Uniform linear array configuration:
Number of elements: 16
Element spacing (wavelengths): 0.25
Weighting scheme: cosine
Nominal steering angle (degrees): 45
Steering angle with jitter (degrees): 46.103
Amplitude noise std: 0.05
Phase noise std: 0.05

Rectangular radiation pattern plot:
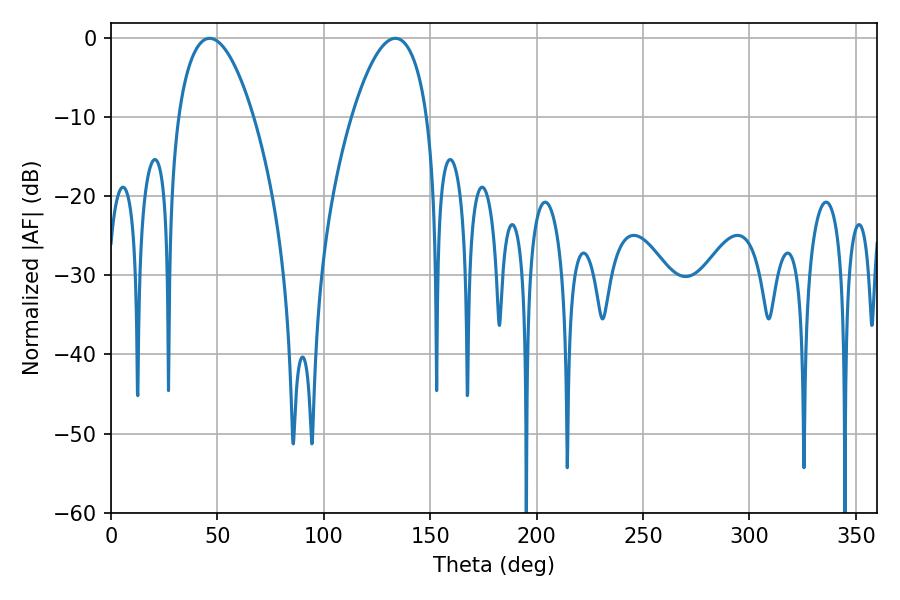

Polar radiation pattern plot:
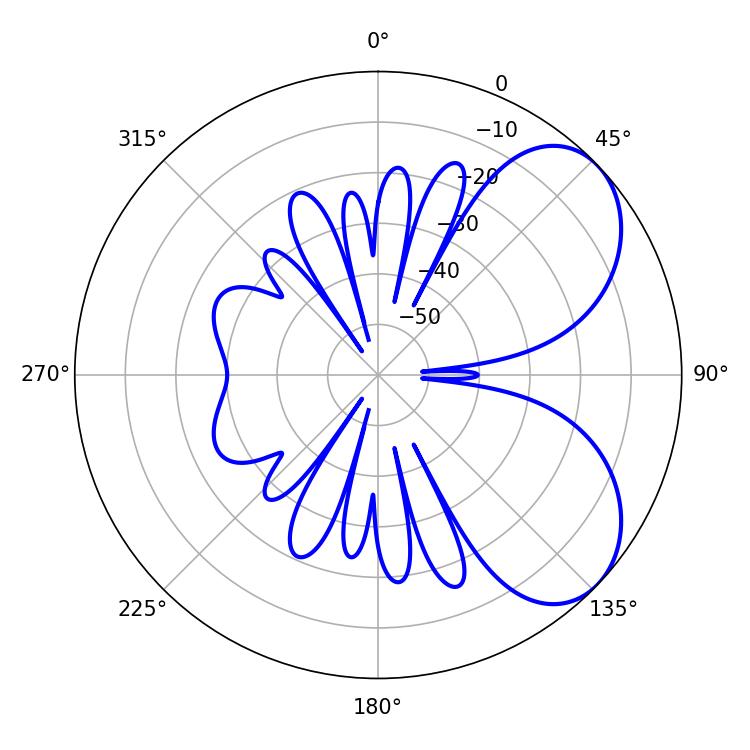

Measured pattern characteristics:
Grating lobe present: FALSE
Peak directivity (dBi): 5.711
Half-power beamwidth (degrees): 19.8
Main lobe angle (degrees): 46.44